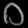
Digit: ၀